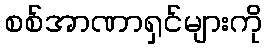
စစ်အာဏာရှင်များကို